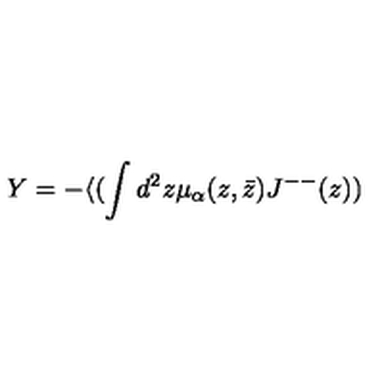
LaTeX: Y = - \langle ( \int d ^ { 2 } z \mu _ { \alpha } ( z , \bar { z } ) J ^ { -- } ( z ) )